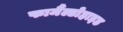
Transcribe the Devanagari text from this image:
फामैंल्डोहाइड